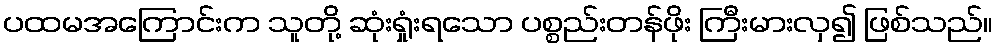
ပထမအကြောင်းက သူတို့ ဆုံးရှုံးရသော ပစ္စည်းတန်ဖိုး ကြီးမားလှ၍ ဖြစ်သည်။